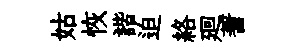
姑恢諧迫絡廻蓍